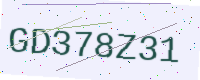
Text: GD378Z31